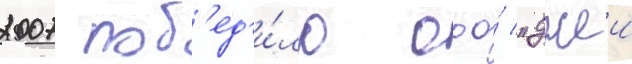
2007 поб'ед'и́ло ооо́ "джеи